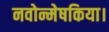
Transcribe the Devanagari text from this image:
नवोन्मेषकिया।